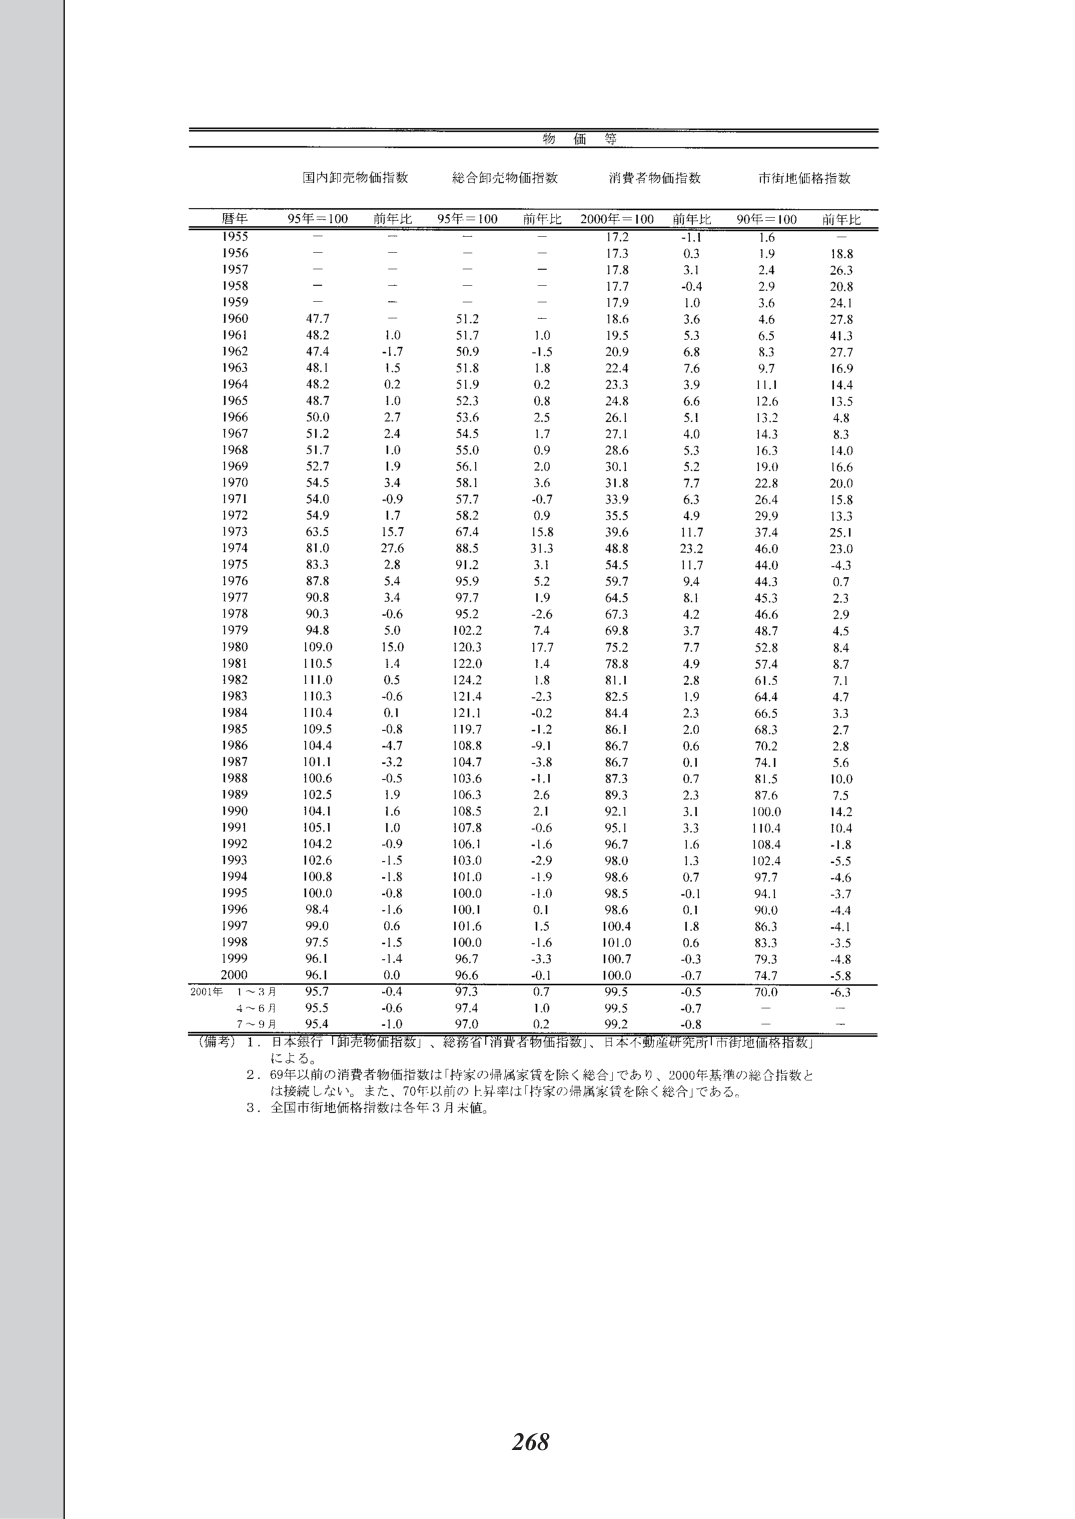
物価等

国内卸売物価指数　　総合卸売物価指数　　消費者物価指数　　市街地価格指数

暦年　　95年＝100　　前年比　　95年＝100　　前年比　　2000年＝100　　前年比　　90年＝100　　前年比

1955　　－　　　－　　　－　　　－　　　17.2　　　-1.1　　　1.6　　　－
1956　　－　　　－　　　－　　　－　　　17.3　　　0.3　　　1.9　　　18.8
1957　　－　　　－　　　－　　　－　　　17.8　　　3.1　　　2.4　　　26.3
1958　　－　　　－　　　－　　　－　　　17.7　　　-0.4　　　2.9　　　20.8
1959　　－　　　－　　　－　　　－　　　17.9　　　1.0　　　3.6　　　24.1
1960　　47.7　　　－　　　51.2　　　－　　　18.6　　　3.6　　　4.6　　　27.8
1961　　48.2　　　1.0　　　51.7　　　1.0　　　19.5　　　5.3　　　6.5　　　41.3
1962　　47.4　　　-1.7　　　50.9　　　-1.5　　　20.9　　　6.8　　　8.3　　　27.7
1963　　48.1　　　1.5　　　51.8　　　1.8　　　22.4　　　7.6　　　9.7　　　16.9
1964　　48.2　　　0.2　　　51.9　　　0.2　　　23.3　　　3.9　　　11.1　　　14.4
1965　　48.7　　　1.0　　　52.3　　　0.8　　　24.8　　　6.6　　　12.6　　　13.5
1966　　50.0　　　2.7　　　53.6　　　2.5　　　26.1　　　5.1　　　13.2　　　4.8
1967　　51.2　　　2.4　　　54.5　　　1.7　　　27.1　　　4.0　　　14.3　　　8.3
1968　　51.7　　　1.0　　　55.0　　　0.9　　　28.6　　　5.3　　　16.3　　　14.0
1969　　52.7　　　1.9　　　56.1　　　2.0　　　30.1　　　5.2　　　19.0　　　16.6
1970　　54.5　　　3.4　　　58.1　　　3.6　　　31.8　　　7.7　　　22.8　　　20.0
1971　　54.0　　　-0.9　　　57.7　　　-0.7　　　33.9　　　6.3　　　26.4　　　15.8
1972　　54.9　　　1.7　　　58.2　　　0.9　　　35.5　　　4.9　　　29.9　　　13.3
1973　　63.5　　　15.7　　　67.4　　　15.8　　　39.6　　　11.7　　　37.4　　　25.1
1974　　81.0　　　27.6　　　88.5　　　31.3　　　48.8　　　23.2　　　46.0　　　23.0
1975　　83.3　　　2.8　　　91.2　　　3.1　　　54.5　　　11.7　　　44.0　　　-4.3
1976　　87.8　　　5.4　　　95.9　　　5.2　　　59.7　　　9.4　　　44.3　　　0.7
1977　　90.8　　　3.4　　　97.7　　　1.9　　　64.5　　　8.1　　　45.3　　　2.3
1978　　90.3　　　-0.6　　　95.2　　　-2.6　　　67.3　　　4.2　　　46.6　　　2.9
1979　　94.8　　　5.0　　　102.2　　　7.4　　　69.8　　　3.7　　　48.7　　　4.5
1980　　109.0　　　15.0　　　120.3　　　17.7　　　75.2　　　7.7　　　52.8　　　8.4
1981　　110.5　　　1.4　　　122.0　　　1.4　　　78.8　　　4.9　　　57.4　　　8.7
1982　　111.0　　　0.5　　　124.2　　　1.8　　　81.1　　　2.8　　　61.5　　　7.1
1983　　110.3　　　-0.6　　　121.4　　　-2.3　　　82.5　　　1.9　　　64.4　　　4.7
1984　　110.4　　　0.1　　　121.1　　　-0.2　　　84.4　　　2.3　　　66.5　　　3.3
1985　　109.5　　　-0.8　　　119.7　　　-1.2　　　86.1　　　2.0　　　68.3　　　2.7
1986　　104.4　　　-4.7　　　108.8　　　-9.1　　　86.7　　　0.6　　　70.2　　　2.8
1987　　101.1　　　-3.2　　　104.7　　　-3.8　　　86.7　　　0.1　　　74.1　　　5.6
1988　　100.6　　　-0.5　　　103.6　　　-1.1　　　87.3　　　0.7　　　81.5　　　10.0
1989　　102.5　　　1.9　　　106.3　　　2.6　　　89.3　　　2.3　　　87.6　　　7.5
1990　　104.1　　　1.6　　　108.5　　　2.1　　　92.1　　　3.1　　　100.0　　　14.2
1991　　105.1　　　1.0　　　107.8　　　-0.6　　　95.1　　　3.3　　　110.4　　　10.4
1992　　104.2　　　-0.9　　　106.1　　　-1.6　　　96.7　　　1.6　　　108.4　　　-1.8
1993　　102.6　　　-1.5　　　103.0　　　-2.9　　　98.0　　　1.3　　　102.4　　　-5.5
1994　　100.8　　　-1.8　　　101.0　　　-1.9　　　98.6　　　0.7　　　97.7　　　-4.6
1995　　100.0　　　-0.8　　　100.0　　　-1.0　　　98.5　　　-0.1　　　94.1　　　-3.7
1996　　98.4　　　-1.6　　　100.1　　　0.1　　　98.6　　　0.1　　　90.0　　　-4.4
1997　　99.0　　　0.6　　　101.6　　　1.5　　　100.4　　　1.8　　　86.3　　　-4.1
1998　　97.5　　　-1.5　　　100.0　　　-1.6　　　101.0　　　0.6　　　83.3　　　-3.5
1999　　96.1　　　-1.4　　　96.7　　　-3.3　　　100.7　　　-0.3　　　79.3　　　-4.8
2000　　96.1　　　0.0　　　96.6　　　-0.1　　　100.0　　　-0.7　　　74.7　　　-5.8

2001年　1～3月　　95.7　　　-0.4　　　97.3　　　0.7　　　99.5　　　-0.5　　　70.0　　　-6.3
　　　　4～6月　　95.5　　　-0.6　　　97.4　　　1.0　　　99.5　　　-0.7　　　－　　　－
　　　　7～9月　　95.4　　　-1.0　　　97.0　　　0.2　　　99.2　　　-0.8　　　－　　　－

（備考）1．日本銀行「卸売物価指数」、総務省「消費者物価指数」、日本不動産研究所「市街地価格指数」による。
　　　2．69年以前の消費者物価指数は「持家の帰属家賃を除く総合」であり、2000年基準の総合指数とは接続しない。また、70年以前の上昇率は「持家の帰属家賃を除く総合」である。
　　　3．全国市街地価格指数は各年3月末値。

268